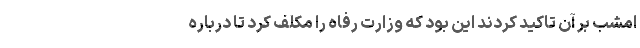
امشب بر آن تاکید کردند این بود که وزارت رفاه را مکلف کرد تا درباره